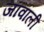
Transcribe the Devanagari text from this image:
जावाली